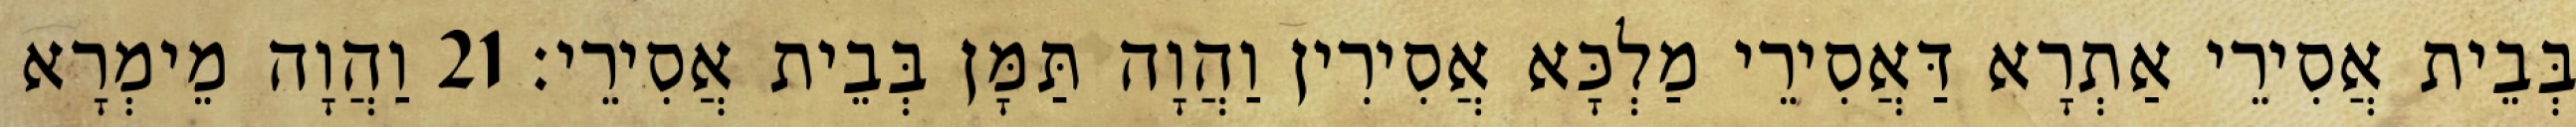
בְּבֵית אֲסִירֵי אַתְרָא דַּאֲסִירֵי מַלְכָּא אֲסִירִין וַהֲוָה תַּמָּן בְּבֵית אֲסִירֵי׃ 21 וַהֲוָה מֵימְרָא